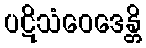
ပဋိသံဝေဒေန္တိ